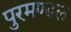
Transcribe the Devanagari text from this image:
पुरमण्डल